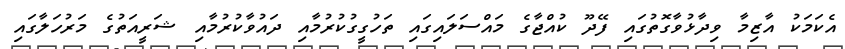
އެކަމަކު އާޒިމާ ވިދާޅުވާގޮތުގައި ފޭދޫ ކުއްޖާގެ މައްސަލައިގައި ތަހުގީގުކުރުމާއި ދައުވާކުރުމާއި ޝަރީއަތުގެ މަރުހަލާގައި